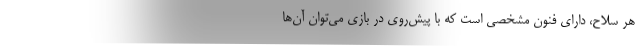
هر سلاح، دارای فنون مشخصی است که با پیش‌روی در بازی می‌توان آن‌ها